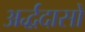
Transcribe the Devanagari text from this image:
अर्द्धदासों